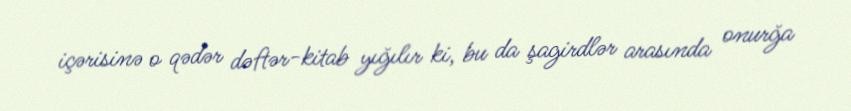
içərisinə o qədər dəftər-kitab yığılır ki, bu da şagirdlər arasında onurğa